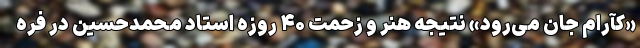
«کآرام جان می‌رود» نتیجه هنر و زحمت ۴۰ روزه استاد محمدحسین در فره